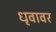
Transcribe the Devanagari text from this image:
धृवावर